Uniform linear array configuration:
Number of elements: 4
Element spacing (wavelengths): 0.75
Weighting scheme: cosine
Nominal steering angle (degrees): -15
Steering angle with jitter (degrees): -15.173
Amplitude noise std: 0.05
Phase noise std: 0.05

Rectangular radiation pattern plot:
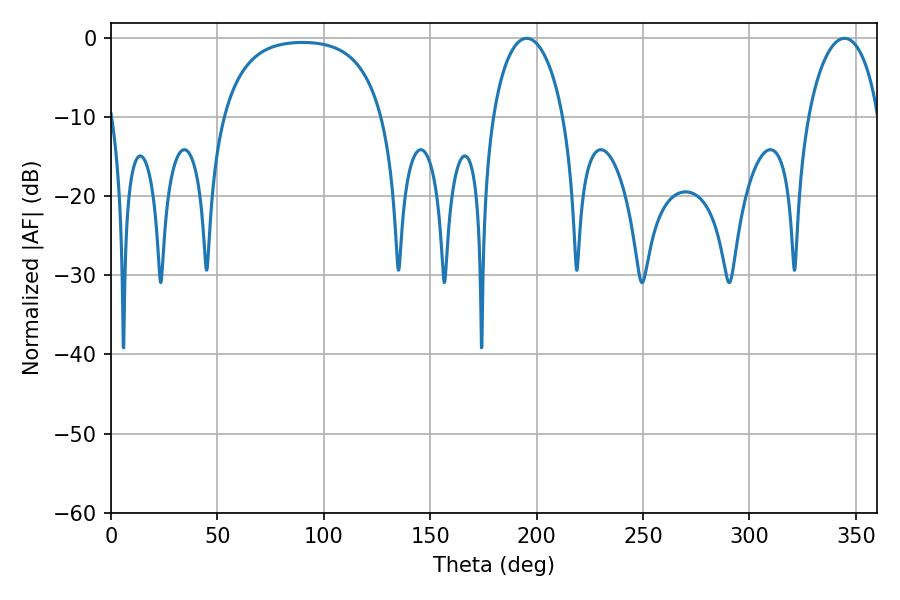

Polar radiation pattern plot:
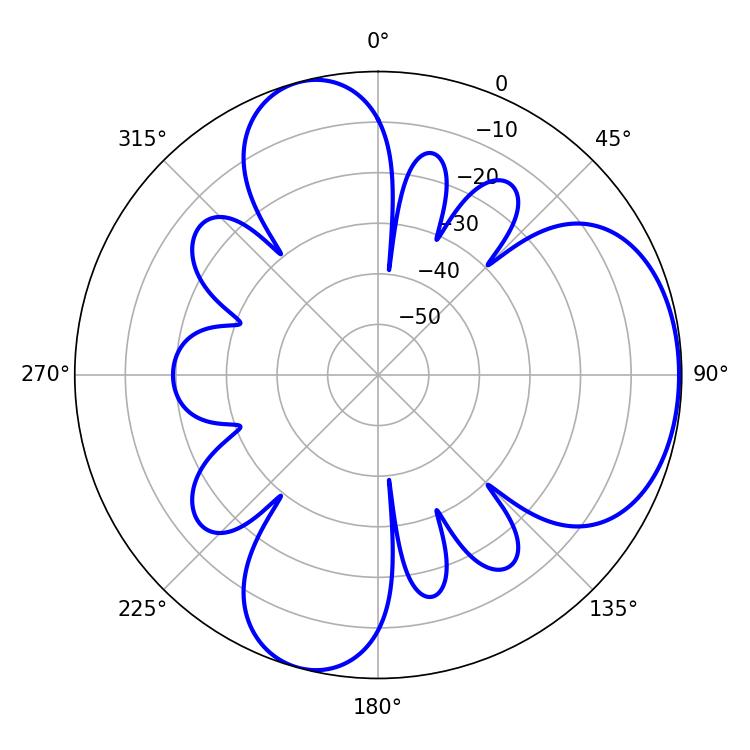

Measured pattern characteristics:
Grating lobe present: TRUE
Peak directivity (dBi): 5.497
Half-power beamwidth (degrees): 19.08
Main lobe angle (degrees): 195.3